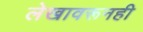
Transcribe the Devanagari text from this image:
लेखावरूनही